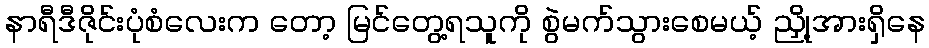
နာရီဒီဇိုင်းပုံစံလေးက တော့ မြင်တွေ့ရသူကို စွဲမက်သွားစေမယ့် ညှို့အားရှိနေ